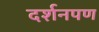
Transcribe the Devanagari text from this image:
दर्शनपण